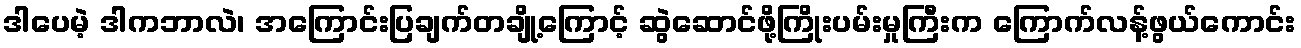
ဒါပေမဲ့ ဒါကဘာလဲ၊ အကြောင်းပြချက်တချို့ကြောင့် ဆွဲဆောင်ဖို့ကြိုးပမ်းမှုကြီးက ကြောက်လန့်ဖွယ်ကောင်း